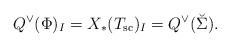
LaTeX: \begin{align*} Q^\vee(\Phi)_I = X_*(T_{\rm sc})_I = Q^\vee(\breve{\Sigma}).\end{align*}